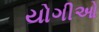
યોગીઓ